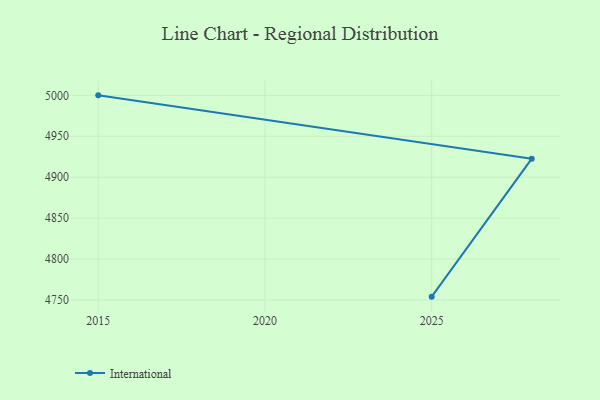
{"axis": {"x": "Year", "y": "LTV (USD)"}, "legend": ["International"], "data": [{"x": "2025", "y": 4754.1, "type": "International"}, {"x": "2028", "y": 4922.6, "type": "International"}, {"x": "2015", "y": 5000, "type": "International"}]}